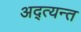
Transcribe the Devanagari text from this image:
अद्त्यन्त